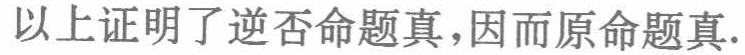
以上证明了逆否命题真,因而原命题真.